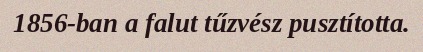
1856-ban a falut tűzvész pusztította.